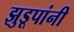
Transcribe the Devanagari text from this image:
झुडूपांनी